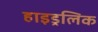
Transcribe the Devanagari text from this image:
हाइड्रलिक